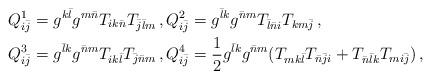
LaTeX: \begin{align*}&Q^1_{i\bar j}=g^{k\bar l}g^{m\bar n}T_{ik\bar n}T_{\bar j\bar l m}\,, Q^2_{i\bar j}=g^{\bar l k}g^{\bar n m}T_{\bar l\bar n i}T_{km \bar j}\,,\\&Q^3_{i\bar j}=g^{\bar l k}g^{\bar n m}T_{ik\bar l}T_{\bar j\bar n m}\,, Q^4_{i\bar j}=\frac12g^{\bar l k}g^{\bar n m}(T_{mk\bar l}T_{\bar n\bar ji} +T_{\bar n\bar lk}T_{mi\bar j})\,,\end{align*}